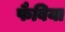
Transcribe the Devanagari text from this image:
फैबिया